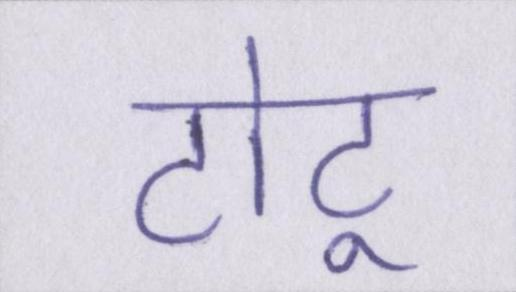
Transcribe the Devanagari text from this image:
टोटू